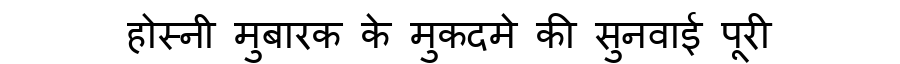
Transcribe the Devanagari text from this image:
होस्नी मुबारक के मुकदमे की सुनवाई पूरी